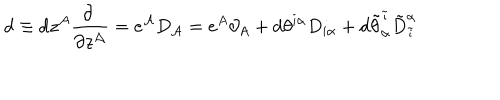
\mathrm { d } \equiv \mathrm { d } z ^ { { \cal A } } \frac { \partial ~ } { \partial z ^ { { \cal A } } } = e ^ { { \cal A } } D _ { { \cal A } } = e ^ { A } \partial _ { A } + \mathrm { d } \theta ^ { i \alpha } D _ { i \alpha } + \mathrm { d } \tilde { \theta } _ { \alpha } ^ { \tilde { \imath } } { \tilde { D } } _ { \tilde { \imath } } ^ { \alpha }